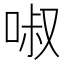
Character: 𠴫